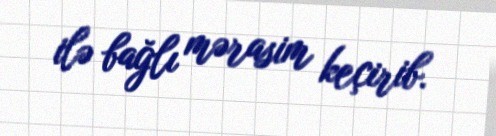
ilə bağlı mərasim keçirib.